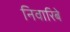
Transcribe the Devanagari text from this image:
निवारिबे